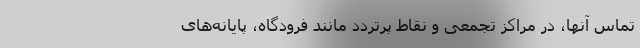
تماس آنها، در مراکز تجمعی و نقاط پرتردد مانند فرودگاه، پایانه‌های